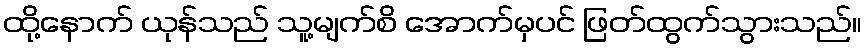
ထို့နောက် ယုန်သည် သူ့မျက်စိ အောက်မှပင် ဖြတ်ထွက်သွားသည်။